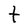
Character: t